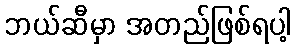
ဘယ်ဆီမှာ အတည်ဖြစ်ရပါ့